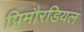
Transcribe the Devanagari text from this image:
प्रिमौरडियल